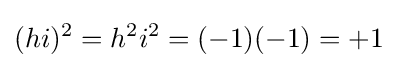
(hi)^{2}=h^{2}i^{2}=(-1)(-1)=+1